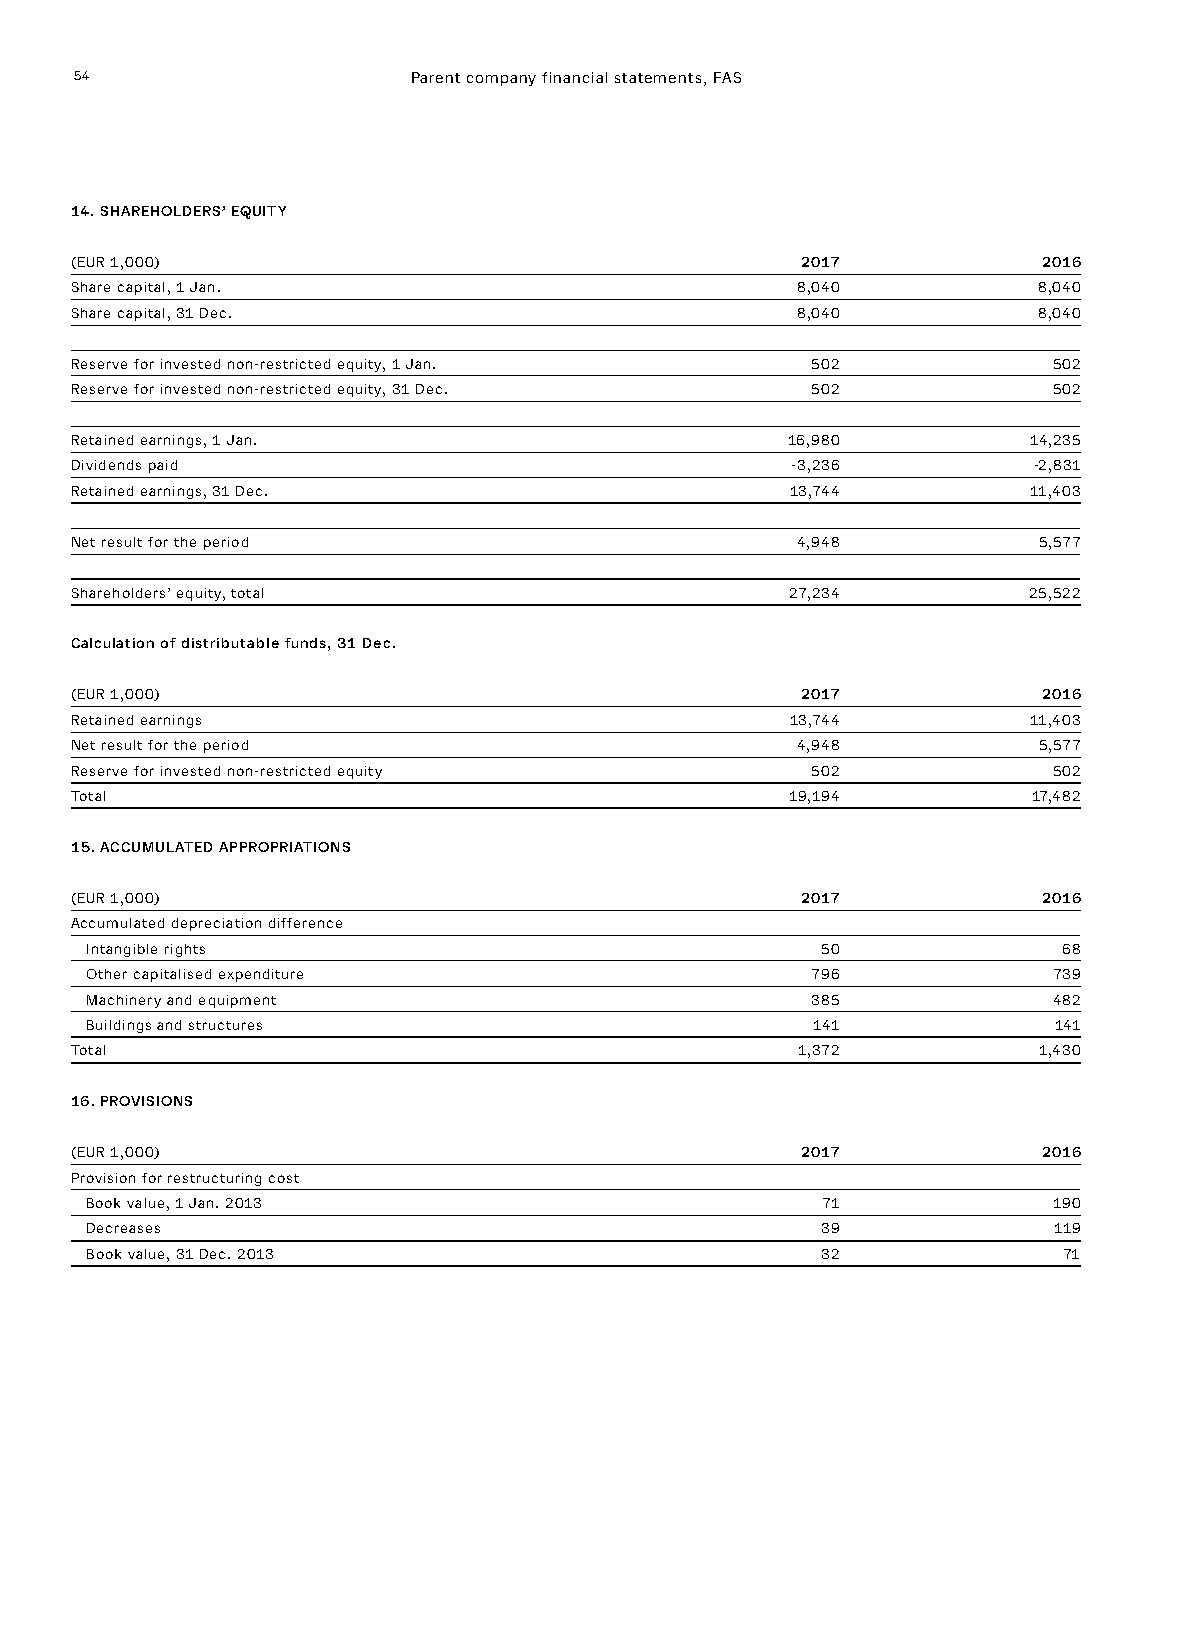
54                    Parent company financial statements, FAS
 14. SHAREHOLDERS’ EQUITY
 (EUR 1,000)                                     2017            2016
 Share capital, 1 Jan.                           8,040           8,040
 Share capital, 31 Dec.                          8,040           8,040
 Reserve for invested non-restricted equity, 1 Jan. 502           502
 Reserve for invested non-restricted equity, 31 Dec. 502          502
 Retained earnings, 1 Jan.                      16,980          14,235
 Dividends paid                                 -3,236          -2,831
 Retained earnings, 31 Dec.                     13,744          11,403
 Net result for the period                       4,948           5,577
 Shareholders’ equity, total                    27,234          25,522
 Calculation of distributable funds, 31 Dec.
 (EUR 1,000)                                     2017            2016
 Retained earnings                              13,744          11,403
 Net result for the period                       4,948           5,577
 Reserve for invested non-restricted equity       502             502
 Total                                          19,194          17,482
 15. ACCUMULATED APPROPRIATIONS
 (EUR 1,000)                                     2017            2016
 Accumulated depreciation difference
 Intangible rights                               50              68
 Other capitalised expenditure                   796             739
 Machinery and equipment                         385             482
 Buildings and structures                        141             141
 Total                                           1,372           1,430
 16. PROVISIONS
 (EUR 1,000)                                     2017            2016
 Provision for restructuring cost
 Book value, 1 Jan. 2013                         71              190
 Decreases                                       39              119
 Book value, 31 Dec. 2013                        32              71